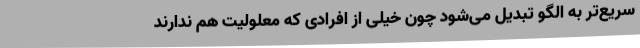
سریع‌تر به الگو تبدیل می‌شود چون خیلی از افرادی که معلولیت هم ندارند